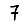
Digit: 7